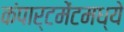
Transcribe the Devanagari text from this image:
कंपार्टमेंटमध्ये